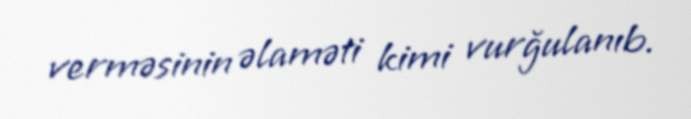
verməsinin əlaməti kimi vurğulanıb.